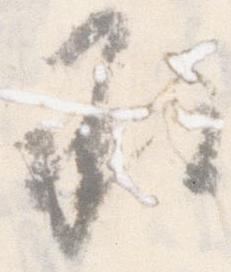
承